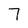
Character: 7